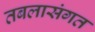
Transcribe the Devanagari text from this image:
तबलासंगत